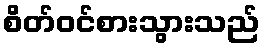
စိတ်ဝင်စားသွားသည်